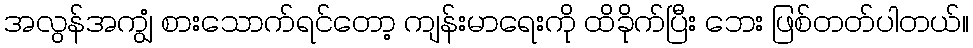
အလွန်အကျွံ စားသောက်ရင်တော့ ကျန်းမာရေးကို ထိခိုက်ပြီး ဘေး ဖြစ်တတ်ပါတယ်။